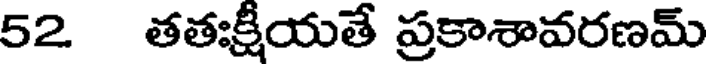
52 తతఃక్షీయతే ప్రకాశావరణమ్